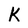
Character: K